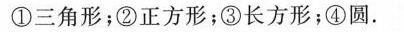
①三角形；②正方形；③长方形；④圆。